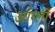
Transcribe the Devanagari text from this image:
आंग्लों